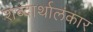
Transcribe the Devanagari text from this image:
शब्दार्थालंकार